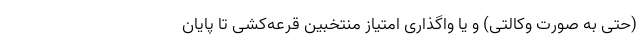
(حتی به صورت وکالتی) و یا واگذاری امتیاز منتخبین قرعه‌کشی تا پایان